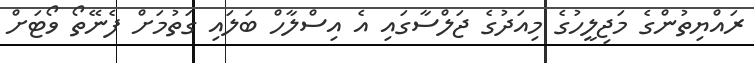
ރައްޔިތުންގެ މަޖިލީހުގެ މިއަދުގެ ޖަލްސާގައި އެ އިސްލާހް ބަލައި ގަތުމަށް ފެނޭތޯ ވޯޓަށް